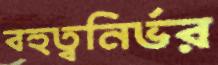
বহুত্বনির্ভর